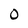
Character: 0